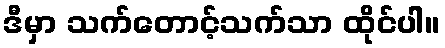
ဒီမှာ သက်တောင့်သက်သာ ထိုင်ပါ။